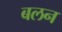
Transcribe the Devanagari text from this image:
बलन